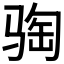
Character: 𫘦